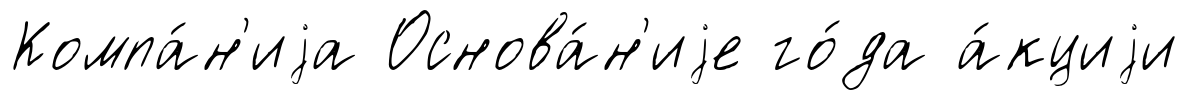
Компа́н'иjа Основа́н'иjе го́да а́кциjи